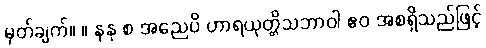
မှတ်ချက်။ ။ နနု စ အညေပိ ဟာရယုတ္တိသဘာဝါ ဧဝ အစရှိသည်ဖြင့်